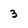
Character: 3